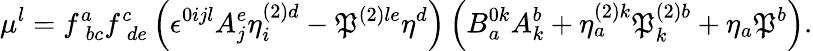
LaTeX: \mu^{l}=f_{\; bc}^{a}f_{\; de}^{c}\left(\epsilon^{0ijl}A_{j}^{e}\eta_{i}^{\left(2\right)d}-{\cal\mathfrak{P}}^{\left(2\right)le}\eta^{d}\right)\left(B_{a}^{0k}A_{k}^{b}+\eta_{a}^{\left(2\right)k}{\cal\mathfrak{P}}_{k}^{\left(2\right)b}+\eta_{a}{\cal\mathfrak{P}}^{b}\right).